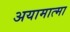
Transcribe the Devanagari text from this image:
अयामात्मा